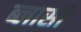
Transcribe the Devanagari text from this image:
ब्लासी